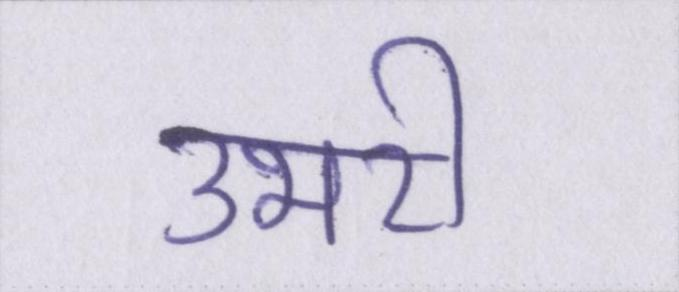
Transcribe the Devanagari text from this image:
उभरी